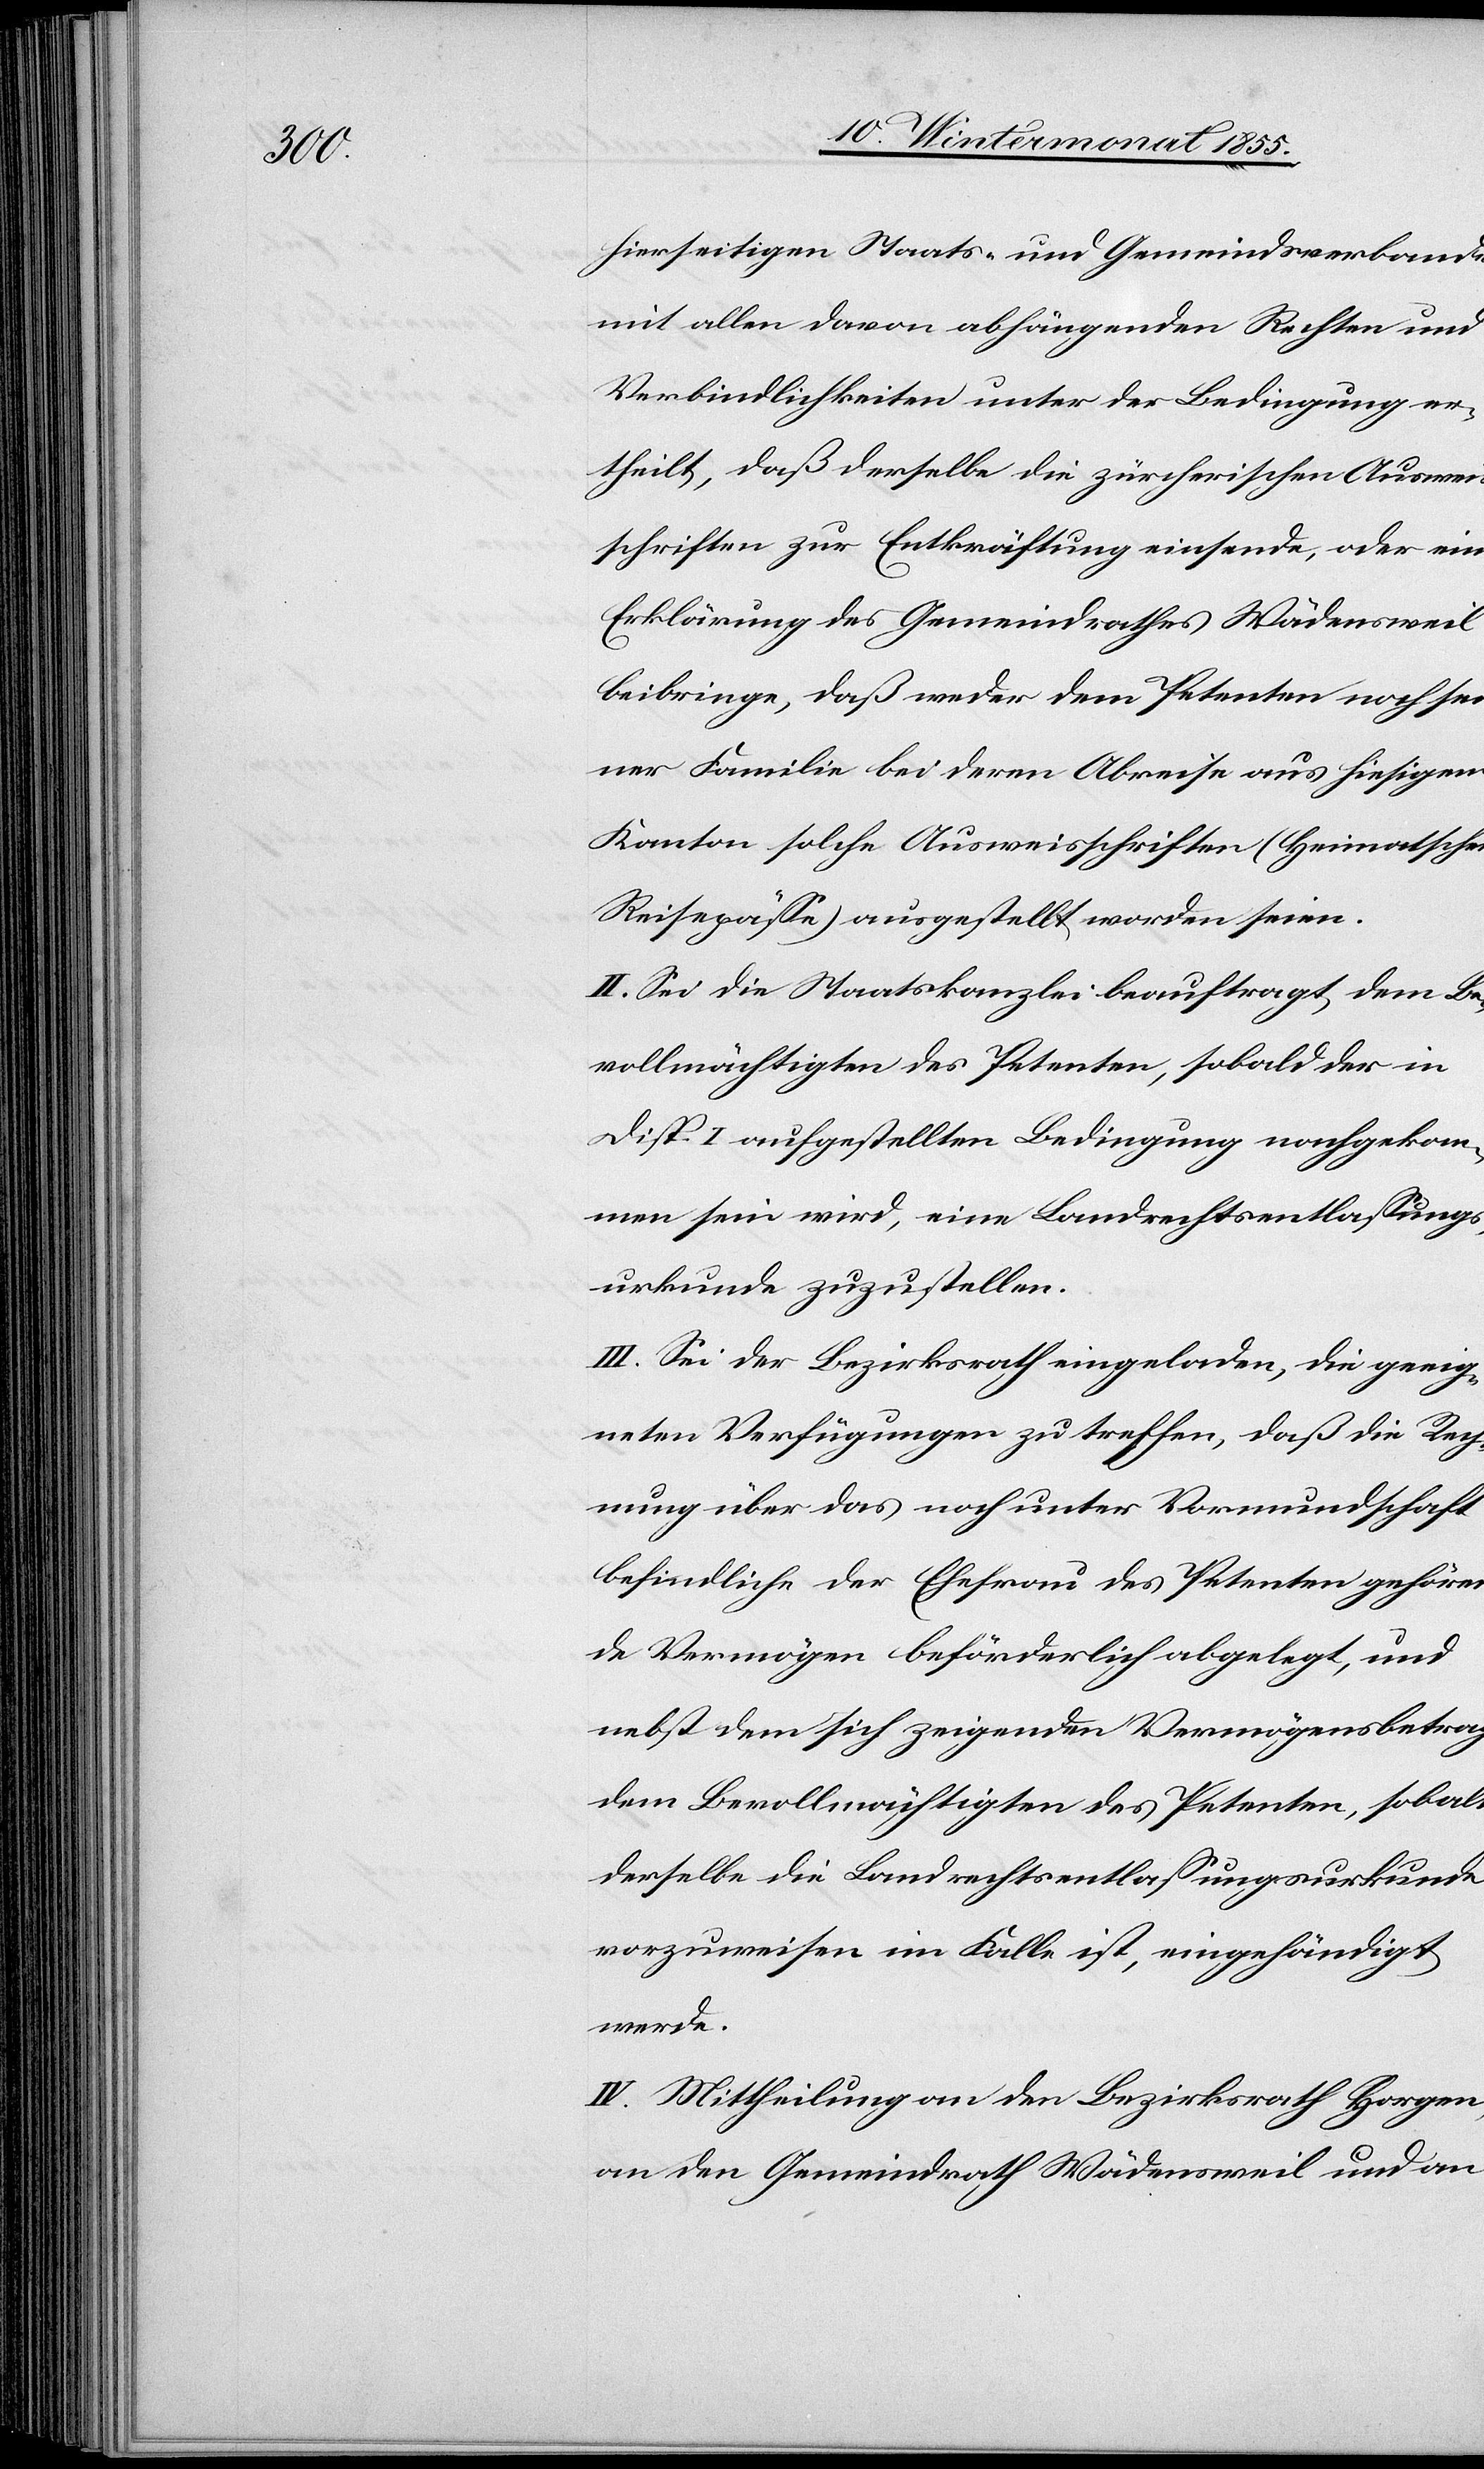
hierseitigen Staats- und Gemeindsverbande
mit allen davon abhängenden Rechten und
Verbindlichkeiten unter der Bedingung er¬
theilt, daß derselbe die zürcherischen Ausweis¬
schriften zur Entkräftung einsende, oder eine
Erklärung des Gemeindrathes Wädensweil
beibringe, daß weder dem Petenten noch sei¬
ner Familie bei deren Abreise aus hiesigem
Kanton solche Ausweisschriften (Heimatschein,
Reisepässe) ausgestellt worden seien.
II. Sei die Staatskanzlei beauftragt, dem Be¬
vollmächtigten des Petenten, sobald der in
Disp. I aufgestellten Bedingung nachgekom¬
men sein wird, eine Landrechtsentlassungs¬
urkunde zuzustellen.
III. Sei der Bezirksrath eingeladen, die geeig¬
neten Verfügungen zu treffen, daß die Rech¬
nung über das noch unter Vormundschaft
befindliche der Ehefrau des Petenten gehören¬
de Vermögen beförderlich abgelegt, und
nebst dem sich zeigenden Vermögensbetrage
dem Bevollmächtigten des Petenten, sobald
derselbe die Landrechtsentlassungsurkunde
vorzuweisen im Falle ist, eingehändigt
werde.
IV. Mittheilung an den Bezirksrath Horgen,
an den Gemeindrath Wädensweil und an